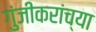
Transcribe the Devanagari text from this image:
गुंजीकरांच्या